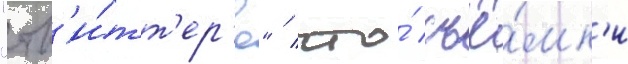
"тв'и́тт'ер'е" / что́ съё́мк'и